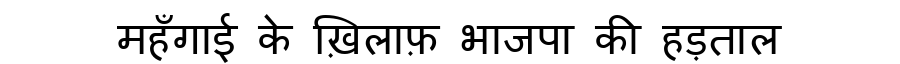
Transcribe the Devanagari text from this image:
महँगाई के ख़िलाफ़ भाजपा की हड़ताल